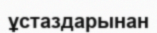
ұстаздарынан